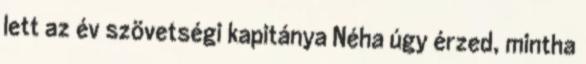
lett az év szövetségi kapitánya Néha úgy érzed, mintha